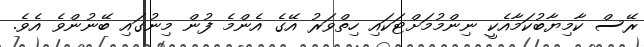
ރޭސް ކާމިޔާބުކަމާއެކީ ނިންމުމަށްޓަކައި ހިތްވަރު އޭގެ އެންމެ ފުން މިނުގައި ބޭނުންވެ އެވެ.